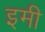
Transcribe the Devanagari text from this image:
इमी